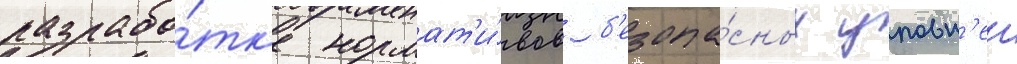
разрабо́тк'е нормат'и́вов б'езопа́сных уровн'еи